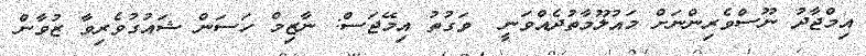
އިމްޖާދު ނޫސްވެރިންނަށް މައުލޫމާތުދެއްވަނީ  ވަގުތު އިމޭޖަސް: ނާޒިމް ހަސަން ޝައުގުވެރިވާ ޒުވާން